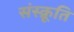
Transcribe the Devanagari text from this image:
संस्क्रूति